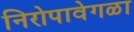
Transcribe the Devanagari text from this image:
निरोपावेगळा